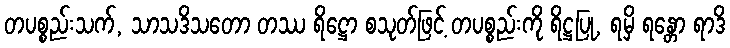
တပစ္စည်းသက်, သာသဒိသတော တဿ ရိဋ္ဌော စသုတ်ဖြင့် တပစ္စည်းကို ရိဋ္ဌပြု, ရမှိ ရန္တော ရာဒိ